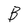
Character: B